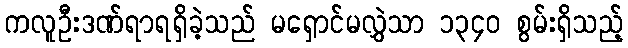
ကလူဦးဒဏ်ရာရရှိခဲ့သည် မရှောင်မလွှဲသာ ၁၃၄၀ စွမ်းရှိသည့်